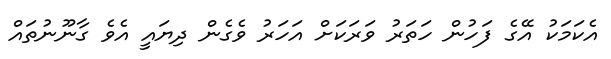
އެކަމަކު އޭގެ ފަހުން ހަތަރު ވަރަކަށް އަހަރު ވެގެން ދިޔައީ އެވެ ގާނޫނުތައް